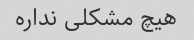
هیچ مشکلی نداره